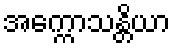
အက္ကောသန္တိယာ